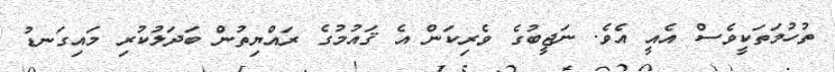
ތުހުމަތަކީވެސް އެއީ އެވެ. ނަޖީބުގެ ވެރިކަން އެ ޤައުމުގެ ރައްޔިތުން ބަދަލުކުރި މައިގަނޑު